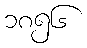
၁၈၅၆